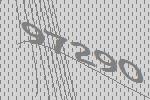
97290